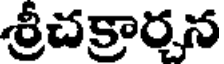
శ్రీచక్రార్చన